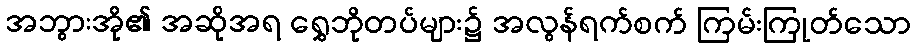
အဘွားအို၏ အဆိုအရ ရွှေဘိုတပ်များ၌ အလွန်ရက်စက် ကြမ်းကြုတ်သော